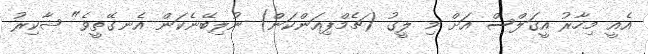
އެއީ މިހާރު އީގަލްސް އަށް މި ލީގު (ޗެމްޕިއަންކަން) ނުލިބޭނެކަން އެނގޭތީވެ" ޝާކިރު